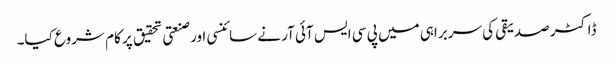
ڈاکٹر صدیقی کی سربراہی میں پی سی ایس آئی آر نے سائنسی اور صنعتی تحقیق پر کام شروع کیا۔